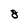
Character: 8